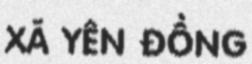
XÃ YÊN ĐỒNG